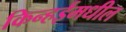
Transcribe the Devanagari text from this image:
किन्हईमधील